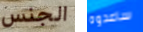
الجنس ساعدوه